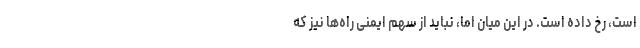
است، رخ داده است. در این میان اما، نباید از سهم ایمنی راه‌ها نیز که